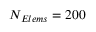
N _ { E l e m s } = 2 0 0